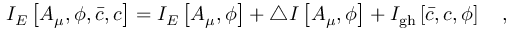
I _ { E } \left[ A _ { \mu } , \phi , \bar { c } , c \right] = I _ { E } \left[ A _ { \mu } , \phi \right] + \triangle I \left[ A _ { \mu } , \phi \right] + I _ { \mathrm { g h } } \left[ \bar { c } , c , \phi \right] ~ ~ ~ ,